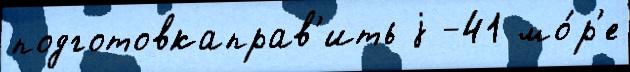
подготовкаправ'ить j -41 мо́р'е